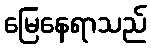
မြေနေရာသည်